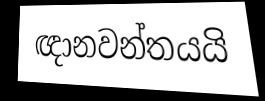
ඥානවන්තයයි